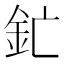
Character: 釯